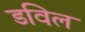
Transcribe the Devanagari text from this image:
डविल